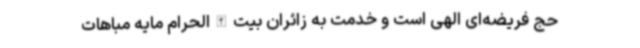
حج فریضه‌ای الهی است و خدمت به زائران بیت‌الله‌الحرام مایه مباهات